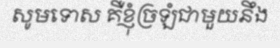
សូមទោស គឺខ្ញុំច្រឡំជាមួយនឹង